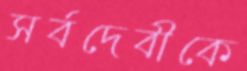
সর্বদেবীকে